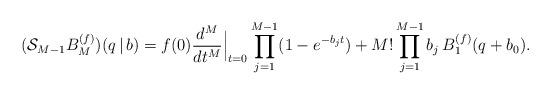
LaTeX: \begin{align*}(\mathcal{S}_{M-1}B^{(f)}_M)(q\,|\,b) = f(0)\frac{d^M}{dt^M}\Big\vert_{t=0}\prod\limits_{j=1}^{M-1} (1-e^{-b_j t}) +M! \prod\limits_{j=1}^{M-1} b_j \,B^{(f)}_{1}(q+b_0).\end{align*}